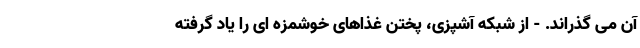
آن می گذراند. - از شبکه آشپزی، پختن غذاهای خوشمزه ای را یاد گرفته